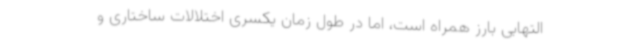
التهابی بارز همراه است، اما در طول زمان یکسری اختلالات ساختاری و